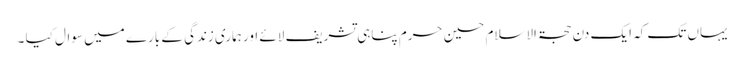
یہاں تک کہ ایک دن حجۃ الاسلام حسین حرم پناہی تشریف لائے اور ہماری زندگی کے بارے میں سوال کیا ۔